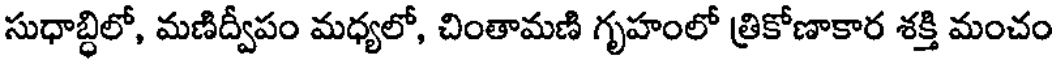
సుధాబ్ధిలో, మణిద్వీపం మధ్యలో, చింతామణి గృహంలో త్రికోణాకార శక్తి మంచం